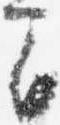
間